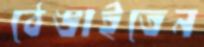
ঠেঙাইতেন